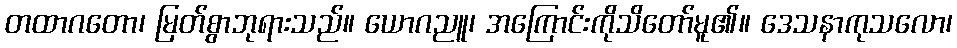
တထာဂတော၊ မြတ်စွာဘုရားသည်။ ယောဂညူ၊ အကြောင်းကိုသိတော်မူ၏။ ဒေသနာကုသလော၊